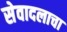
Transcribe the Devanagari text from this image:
सेवादलाचा